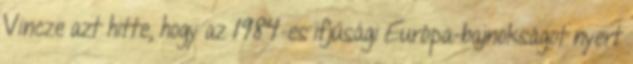
Vincze azt hitte, hogy az 1984-es ifjúsági Európa-bajnokságot nyert